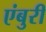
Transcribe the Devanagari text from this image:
एंबुरी